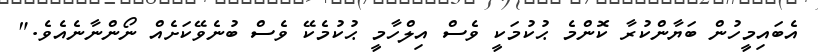
އެބައިމީހުން ބަޔާންކުރާ ކޮންމެ ޙުކުމަކީ ވެސް އިލްހާމީ ޙުކުމެކޭ ވެސް ބުނެވޭކަށެއް ނޯންނާނެއެވެ."